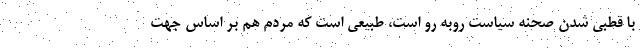
با قطبی شدن صحنه سیاست روبه رو است، طبیعی است که مردم هم بر اساس جهت